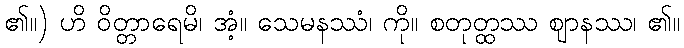
၏။) ဟိ ဝိတ္တာရေမိ၊ အံ့။ သေမနဿံ၊ ကို။ စတုတ္ထဿ ဈာနဿ၊ ၏။